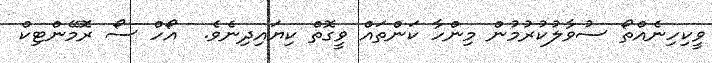
ވީކިހިނެއްތޯ ސުވާލުކުރުމުން މިންހާ ކަންތައް ވީގޮތް ކިޔައިދިނެވެ.  އޯހް ސޯ ރޮމޭންޓިކް